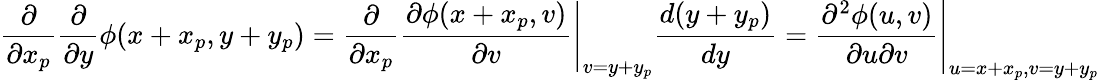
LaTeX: \frac{\partial}{\partial x_{p}}\frac{\partial}{\partial y}\phi(x+x_{p},y+y_{p})=\frac{\partial}{\partial x_{p}}\left.\frac{\partial\phi(x+x_{p},v)}{\partial v}\right|_{v=y+y_{p}}\frac{d(y+y_{p})}{dy}=\left.\frac{\partial^{2}\phi(u,v)}{\partial u\partial v}\right|_{u=x+x_{p},v=y+y_{p}}